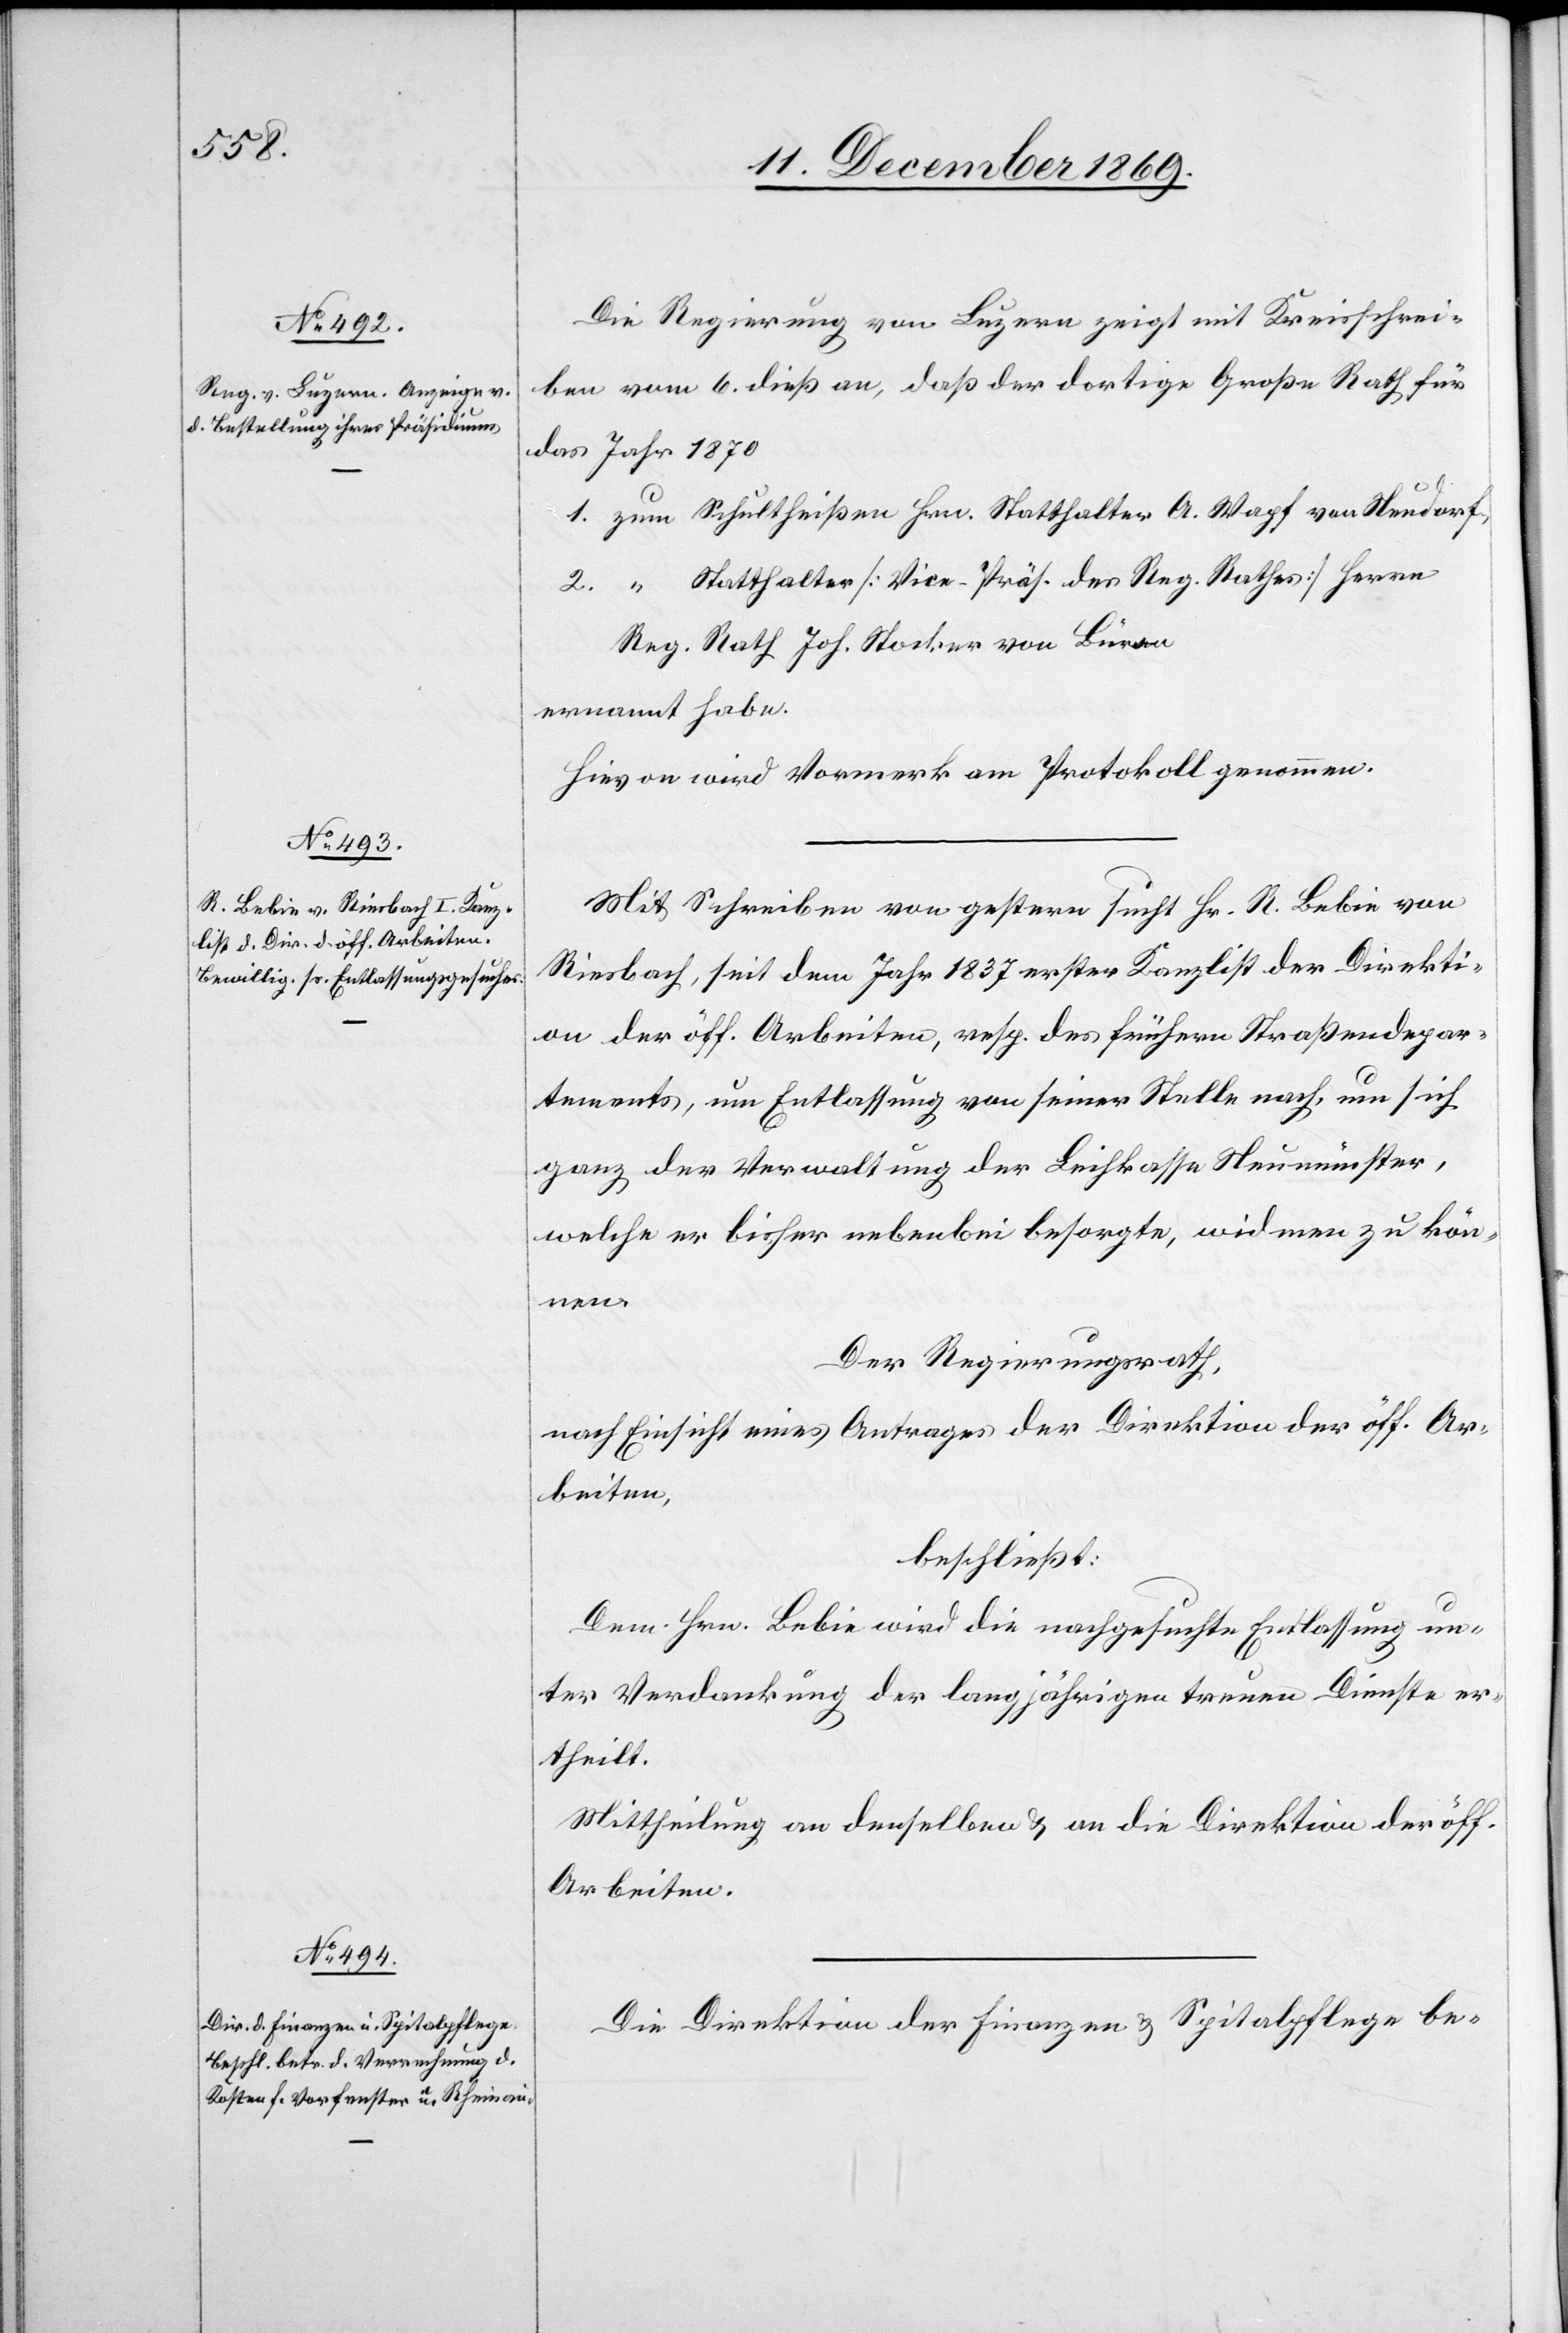
Die Regierung von Luzern zeigt mit Kreisschrei¬
ben vom 6. dieß an, daß der dortige Große Rath für
das Jahr 1870
1. zum Schultheißen Hrn. Statthalter A. Wapf von Neudorf,
2. “ Statthalter [Vice-Präs. des Reg. Rathes] Herrn
Reg. Rath Joh. Stocker von Büron
ernannt habe.
Hievon wird Vormerk am Protokoll genommen.
Mit Schreiben von gestern sucht Hr. R. Bebie von
Riesbach, seit dem Jahr 1837 erster Kanzlist der Direkti¬
on der öff. Arbeiten, resp. des frühern Straßendepar¬
tements, um Entlassung von seiner Stelle nach, um sich
ganz der Verwaltung der Leihkasse Neumünster,
welche er bisher nebenbei besorgte, widmen zu kön¬
nen.
Der Regierungsrath,
nach Einsicht eines Antrages der Direktion der öff. Ar¬
beiten,
beschließt:
Dem Hrn. Bebie wird die nachgesuchte Entlassung un¬
ter Verdankung der langjährigen treuen Dienste er¬
theilt.
Mittheilung an denselben & an die Direktion der öff.
Arbeiten.
Die Direktion der Finanzen & Spitalpflege be-